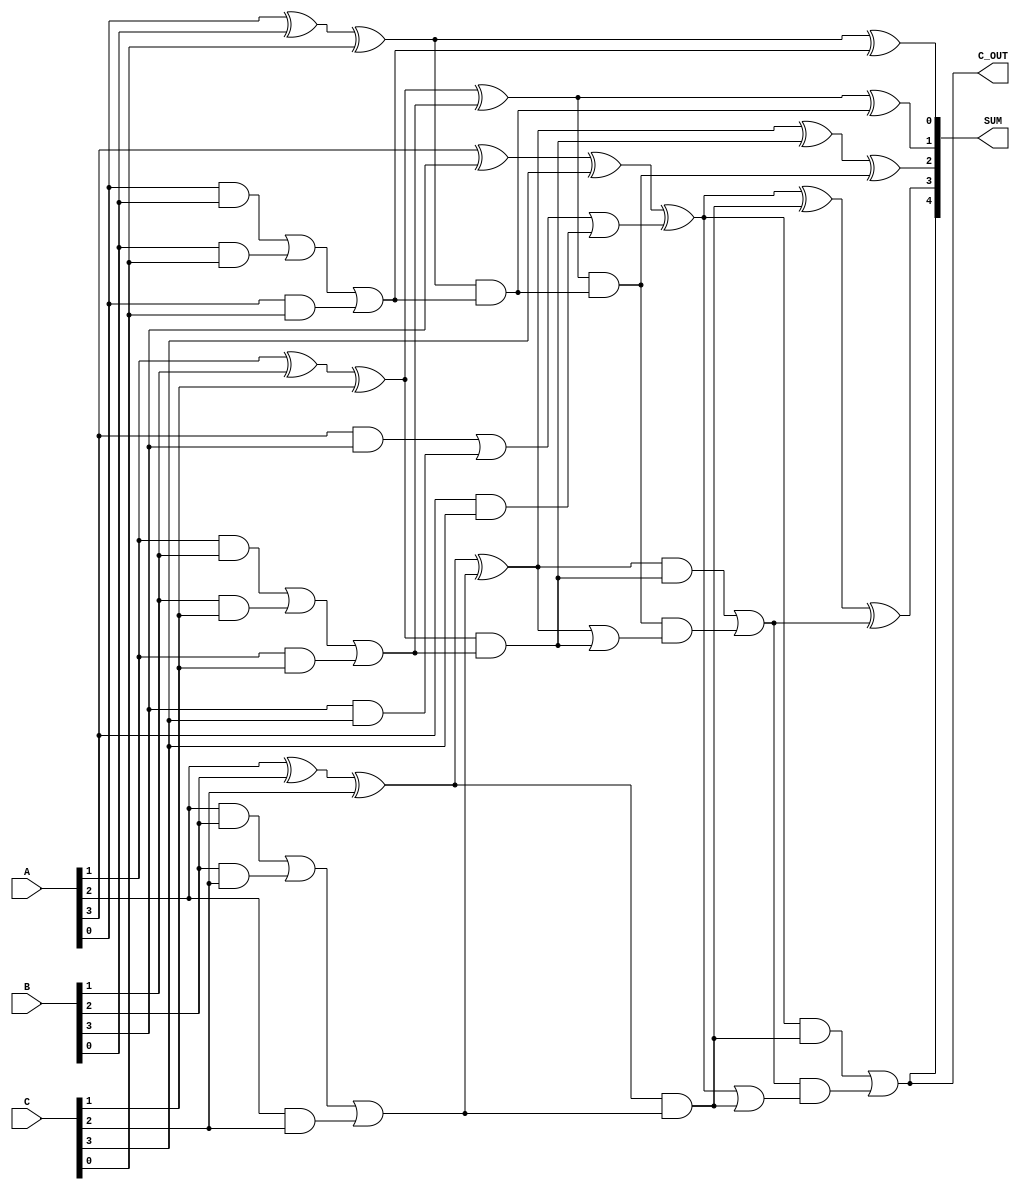
module carry_save_adder #(
    parameter N = 4, // Bit-width of the operands
    parameter M = 3  // Number of operands
)(
    input  [N-1:0] A, // First operand
    input  [N-1:0] B, // Second operand
    input  [N-1:0] C, // Third operand
    output [N:0] SUM, // Final sum output (N bits + carry)
    output C_OUT      // Carry output
);

    wire [N-1:0] sum1, sum2, sum3;
    wire [N-1:0] carry1, carry2, carry3;

    // Stage 1: Generate partial sums and carries using XOR and AND
    genvar i;
    generate
        for (i = 0; i < N; i = i + 1) begin : CSA_STAGE1
            assign sum1[i] = A[i] ^ B[i] ^ C[i]; // Partial sum
            assign carry1[i] = (A[i] & B[i]) | (B[i] & C[i]) | (A[i] & C[i]); // Partial carry
        end
    endgenerate

    // Stage 2: Combine the results from the first stage
    wire [N-1:0] sum2_temp;
    wire [N-1:0] carry2_temp;
    
    generate
        for (i = 0; i < N; i = i + 1) begin : CSA_STAGE2
            assign sum2_temp[i] = sum1[i] ^ carry1[i]; // New partial sum
            assign carry2_temp[i] = (sum1[i] & carry1[i]); // New carry
        end
    endgenerate

    // Stage 3: Final carry propagation
    wire [N-1:0] final_carry;
    wire [N-1:0] final_sum;

    generate
        for (i = 0; i < N; i = i + 1) begin : FINAL_ADDER
            if (i == 0) begin
                assign final_sum[i] = sum2_temp[i]; // First bit
                assign final_carry[i] = 1'b0; // No carry for the first bit
            end else begin
                assign final_sum[i] = sum2_temp[i] ^ carry2_temp[i-1] ^ final_carry[i-1]; // Final sum
                assign final_carry[i] = (sum2_temp[i] & carry2_temp[i-1]) | (final_carry[i-1] & (sum2_temp[i] | carry2_temp[i-1])); // Carry propagation
            end
        end
    endgenerate

    // Final output
    assign SUM = {final_carry[N-1], final_sum}; // Concatenate final carry with sum
    assign C_OUT = final_carry[N-1]; // Final carry out

endmodule